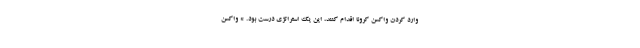
وارد کردن واکسن کرونا اقدام کنند، این یک استراتژی درست بود. * واکسن